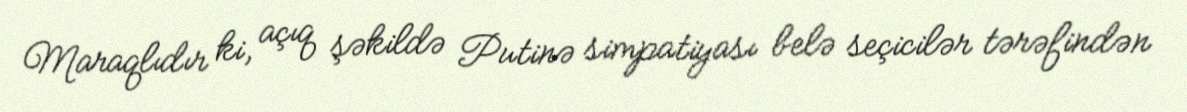
Maraqlıdır ki, açıq şəkildə Putinə simpatiyası belə seçicilər tərəfindən